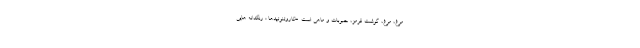
مرغ، مرغ، گوشت قرمز، حبوبات و ماهی است. -کاروتنوئیدها : رنگدانه هایی